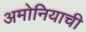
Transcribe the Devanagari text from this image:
अमोनियाची